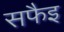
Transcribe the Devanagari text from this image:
सफैइ